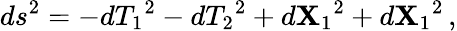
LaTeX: ds^{2}=-d{T_{1}}^{2}-d{T_{2}}^{2}+d{\mathbf{X}_{1}}^{2}+d{\mathbf{X}_{1}}^{2}\, ,